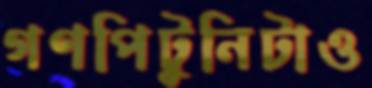
গণপিটুনিটাও